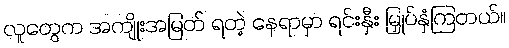
လူတွေက အကျိုးအမြတ် ရတဲ့ နေရာမှာ ရင်းနှီး မြှုပ်နှံကြတယ်။